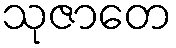
သုဇာတေ